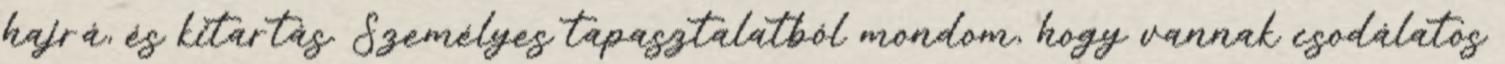
hajrá, és kitartás. Személyes tapasztalatból mondom, hogy vannak csodálatos